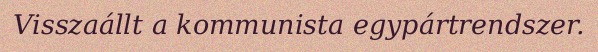
Visszaállt a kommunista egypártrendszer.